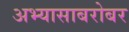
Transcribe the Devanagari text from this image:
अभ्यासाबरोबर